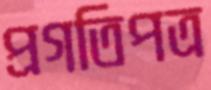
প্রগতিপত্র